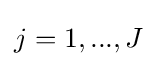
j=1,...,J